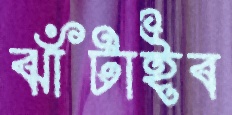
ঝাঁটাইব